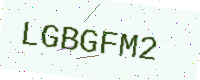
Text: LGBGFM2